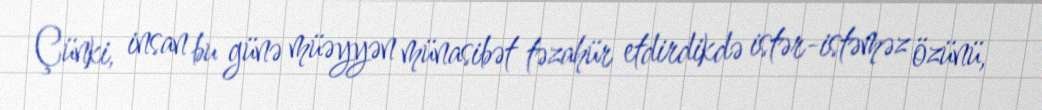
Çünki, insan bu günə müəyyən münasibət təzahür etdirdikdə istər-istəməz özünü,